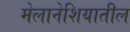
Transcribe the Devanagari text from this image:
मेलानेशियातील